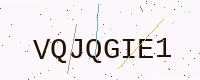
Text: VQJQGIE1